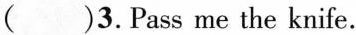
( )3.Pass me the knife.